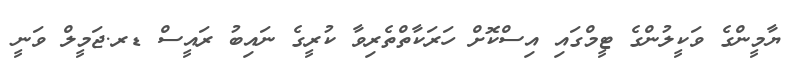
ޔާމީންގެ ވަކީލުންގެ ޓީމްގައި އިސްކޮށް ހަރަކާތްތެރިވާ ކުރީގެ ނައިބު ރައީސް ޑރ.ޖަމީލް ވަނީ